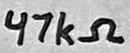
Text: 47kΩ